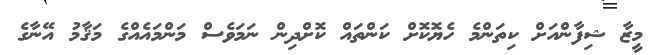
މީޒާ ޝިފާންއަށް ކިތަންމެ ހެޔޮކޮށް ކަންތައް ކޮށްދިން ނަމަވެސް މަންމައެއްގެ މަޤާމު އޭނާގެ